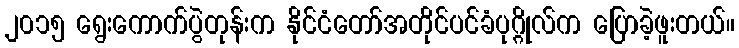
၂၀၁၅ ရွေးကောက်ပွဲတုန်းက နိုင်ငံတော်အတိုင်ပင်ခံပုဂ္ဂိုလ်က ပြောခဲ့ဖူးတယ်။